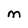
Character: M